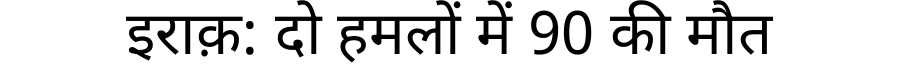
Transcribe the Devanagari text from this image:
इराक़: दो हमलों में 90 की मौत